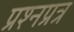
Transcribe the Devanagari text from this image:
प्रश्नप्रत्र